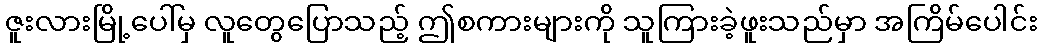
ဇူးလားမြို့ပေါ်မှ လူတွေပြောသည့် ဤစကားများကို သူကြားခဲ့ဖူးသည်မှာ အကြိမ်ပေါင်း